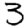
Digit: 3